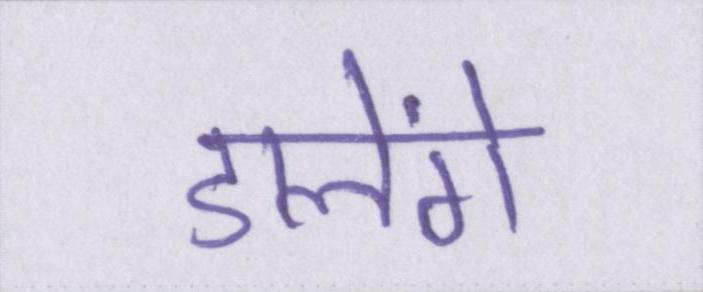
डालेंगे